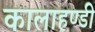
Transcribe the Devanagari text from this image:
कालाहण्डी